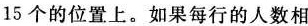
15个的位置上。如果每行的人数相